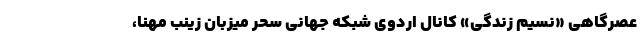
عصرگاهی «نسیم زندگی» کانال اردوی شبکه جهانی سحر میزبان زینب مهنا،